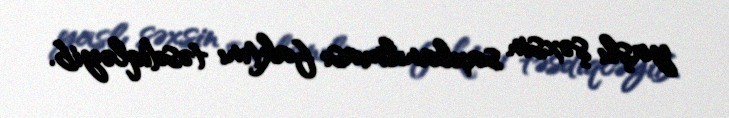
yaşlı şəxsin saxlanılması faktını təsdiqləyib.